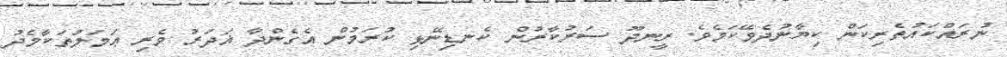
ނުރައްކައުތެރިކަން ކިޔާނުދެވޭކަމެވެ. ރީނދޫ ސަރުކާރުން ކެނޑިނޭޅި ކުރަމުން އެގެންދާ ޣަދަރު ވެރި ޢަމަލުތަކާމެދު